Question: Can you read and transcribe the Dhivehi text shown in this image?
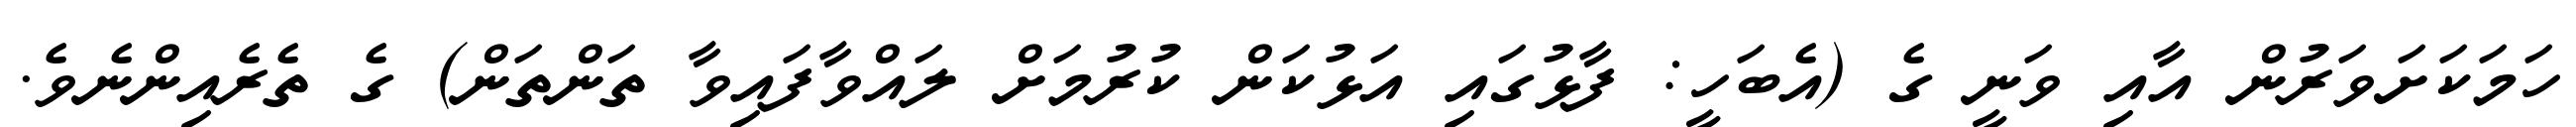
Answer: ހަމަކަށަވަރުން އާއި ވަނީ ގެ (އެބަހީ: ފާޅުގައި އަޅުކަން ކުރުމަށް ލައްވާފައިވާ ތަންތަން) ގެ ތެރެއިންނެވެ.